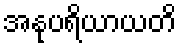
အနုပရိယာယတိ